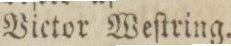
Vietor Weſtring.